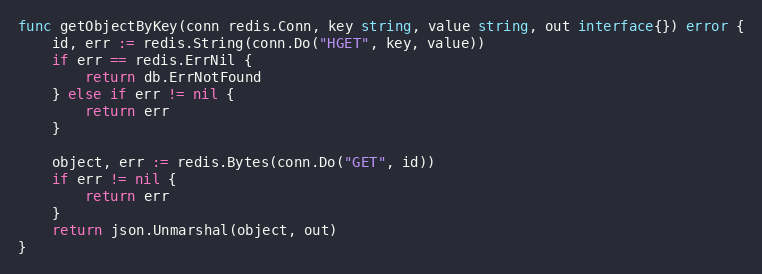
Language: Go
func getObjectByKey(conn redis.Conn, key string, value string, out interface{}) error {
	id, err := redis.String(conn.Do("HGET", key, value))
	if err == redis.ErrNil {
		return db.ErrNotFound
	} else if err != nil {
		return err
	}

	object, err := redis.Bytes(conn.Do("GET", id))
	if err != nil {
		return err
	}
	return json.Unmarshal(object, out)
}